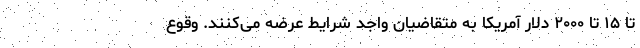
تا ۱۵ تا ۲۰۰۰ دلار آمریکا به متقاضیان واجد شرایط عرضه می‌کنند. وقوع